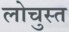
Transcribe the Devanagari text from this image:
लोचुस्त